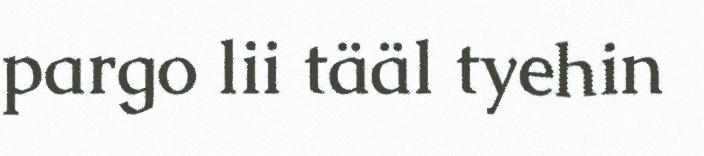
pargo lii tääl tyehin